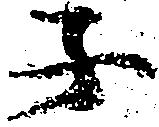
子